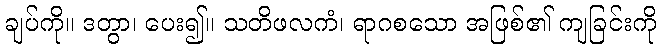
ချပ်ကို။ ဒတွာ၊ ပေး၍။ သတိဖလကံ၊ ရာဂစသော အဖြစ်၏ ကျခြင်းကို